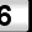
Digit: 6